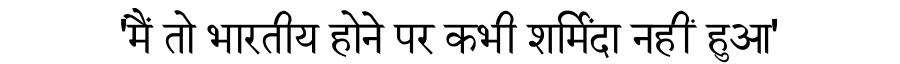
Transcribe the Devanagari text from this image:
'मैं तो भारतीय होने पर कभी शर्मिंदा नहीं हुआ'